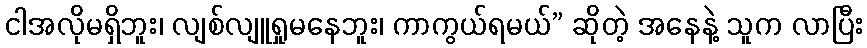
ငါအလိုမရှိဘူး၊ လျစ်လျူရှုမနေဘူး၊ ကာကွယ်ရမယ်” ဆိုတဲ့ အနေနဲ့ သူက လာပြီး